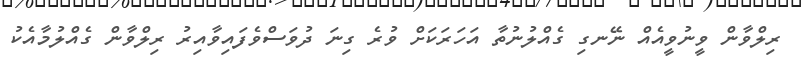
ރިލްވާން ވީނުވީއެއް ނޭނގި ގެއްލުނުތާ އަހަރަކަށް ވުރެ ގިނަ ދުވަސްވެފައިވާއިރު ރިލްވާން ގެއްލުމާއެކު